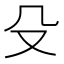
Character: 殳